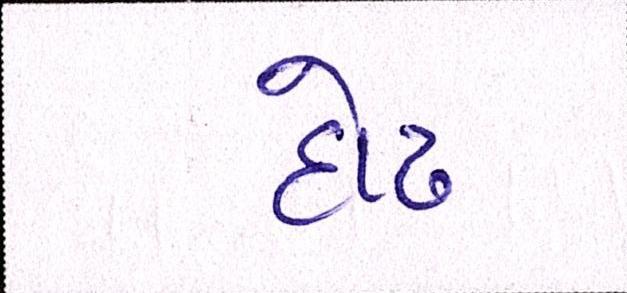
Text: દોઢ